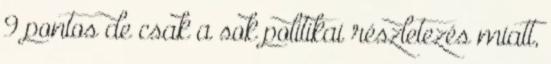
9 pontos de csak a sok politikai részletezés miatt,